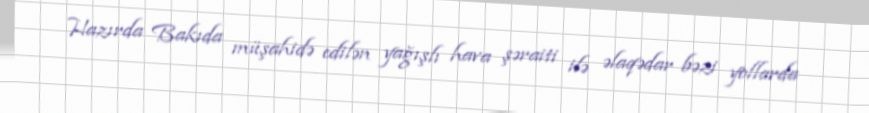
Hazırda Bakıda müşahidə edilən yağışlı hava şəraiti ilə əlaqədar bəzi yollarda